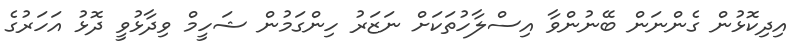
އިދިކޮޅުން ގެންނަން ބޭނުންވާ އިސްލާހުތަކަށް ނަޒަރު ހިންގަމުން ޝަހީމް ވިދާޅުވީ ދޮޅު އަހަރުގެ